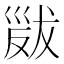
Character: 𢀁